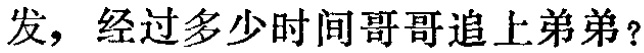
发，经过多少时间哥哥追上弟弟？